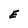
Character: E